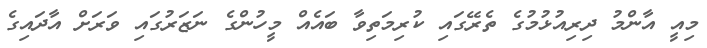
މިއީ އާންމު ދިރިއުޅުމުގެ ތެރޭގައި ކުރިމަތިވާ ބައެއް މީހުންގެ ނަޒަރުގައި ވަރަށް އާދައިގެ